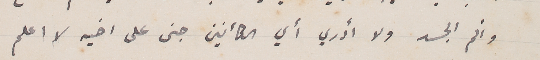
وألم الجسد ولا ادري أي الكائنين جنى على اخيه لا اعلم